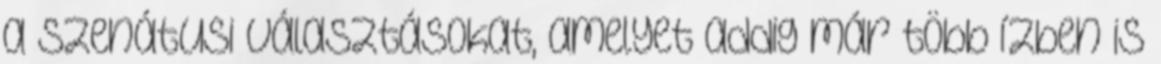
a szenátusi választásokat, amelyet addig már több ízben is